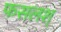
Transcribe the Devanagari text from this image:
फसलश्